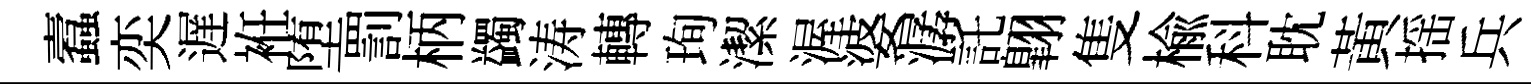
蠧奕遅袵堕罰柄蠲涛轉珣潔渥婆潺託翺隻楡科耽黃揺兵